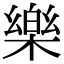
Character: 樂